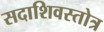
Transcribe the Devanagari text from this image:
सदाशिवस्तोत्र